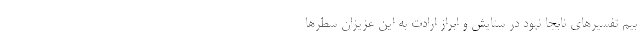
بیم تفسیرهای نابجا نبود در ستایش و ابراز ارادت به این عزیزان سطرها